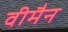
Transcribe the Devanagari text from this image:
वीमैन